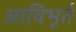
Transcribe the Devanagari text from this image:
आविभूर्त